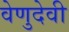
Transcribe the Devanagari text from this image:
वेणुदेवी